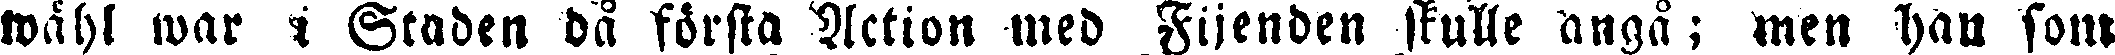
wähl war i Staden då första Action med Fijenden skulle angå; men han som